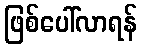
ဖြစ်ပေါ်လာရန်